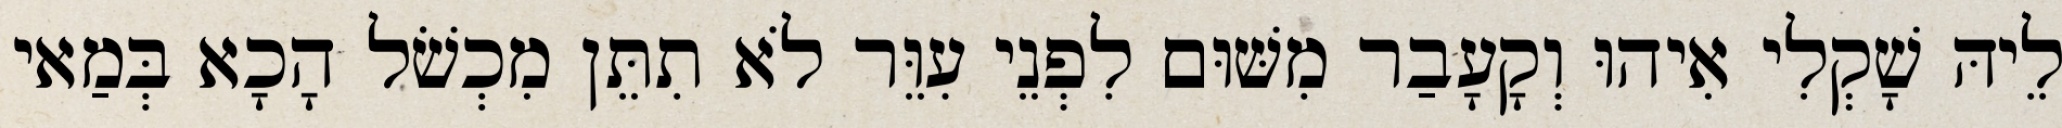
לֵיהּ שָׁקְלִי אִיהוּ וְקָעָבַר מִשּׁוּם לִפְנֵי עִוֵּר לֹא תִתֵּן מִכְשֹׁל הָכָא בְּמַאי